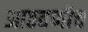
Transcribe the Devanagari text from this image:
आठवणीच